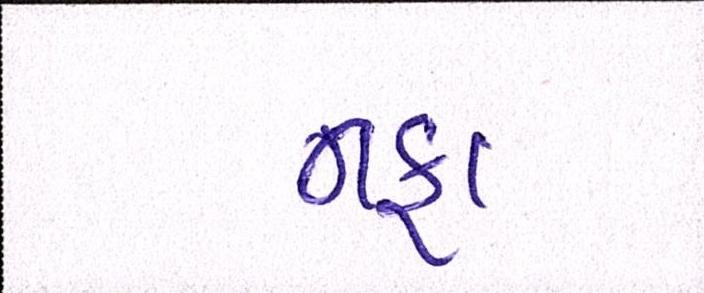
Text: નફા